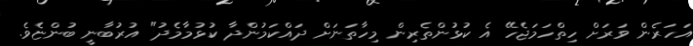
އަހަރެން ވަރަށް ހިތްހަމަޖެހޭ އެ ކުޅުންތެރިން މިހާތަނަށް ދައްކަމުންދާ ކުޅުމާމެދު" އުރުބާނީ ބުންޏެވެ.